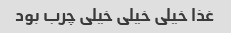
غذا خیلی خیلی خیلی چرب بود